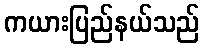
ကယားပြည်နယ်သည်